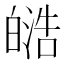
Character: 𭽟